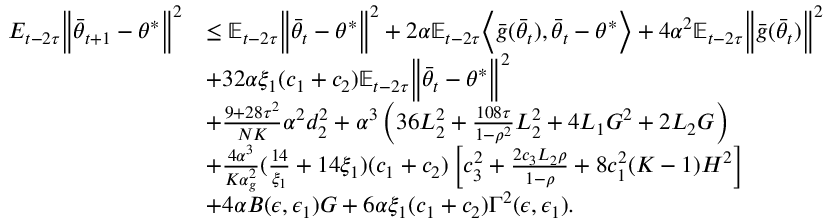
\begin{array} { r l } { E _ { t - 2 \tau } \Big \lVert \bar { \theta } _ { t + 1 } - \theta ^ { * } \Big \rVert ^ { 2 } } & { \le \mathbb { E } _ { t - 2 \tau } \Big \lVert \bar { \theta } _ { t } - \theta ^ { * } \Big \rVert ^ { 2 } + 2 \alpha \mathbb { E } _ { t - 2 \tau } \Big \langle \bar { g } ( \bar { \theta } _ { t } ) , \bar { \theta } _ { t } - \theta ^ { * } \Big \rangle + 4 \alpha ^ { 2 } \mathbb { E } _ { t - 2 \tau } \Big \lVert \bar { g } ( \bar { \theta } _ { t } ) \Big \rVert ^ { 2 } } \\ & { + 3 2 \alpha \xi _ { 1 } ( c _ { 1 } + c _ { 2 } ) \mathbb { E } _ { t - 2 \tau } \Big \lVert \bar { \theta } _ { t } - \theta ^ { * } \Big \rVert ^ { 2 } } \\ & { + \frac { 9 + 2 8 \tau ^ { 2 } } { N K } \alpha ^ { 2 } d _ { 2 } ^ { 2 } + \alpha ^ { 3 } \left( 3 6 L _ { 2 } ^ { 2 } + \frac { 1 0 8 \tau } { 1 - \rho ^ { 2 } } L _ { 2 } ^ { 2 } + 4 L _ { 1 } G ^ { 2 } + 2 L _ { 2 } G \right) } \\ & { + \frac { 4 \alpha ^ { 3 } } { K \alpha _ { g } ^ { 2 } } ( \frac { 1 4 } { \xi _ { 1 } } + 1 4 \xi _ { 1 } ) ( c _ { 1 } + c _ { 2 } ) \left[ c _ { 3 } ^ { 2 } + \frac { 2 c _ { 3 } L _ { 2 } \rho } { 1 - \rho } + 8 c _ { 1 } ^ { 2 } ( K - 1 ) H ^ { 2 } \right] } \\ & { + 4 \alpha B ( \epsilon , \epsilon _ { 1 } ) G + 6 \alpha \xi _ { 1 } ( c _ { 1 } + c _ { 2 } ) \Gamma ^ { 2 } ( \epsilon , \epsilon _ { 1 } ) . } \end{array}